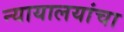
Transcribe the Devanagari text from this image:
न्यायालयांचा